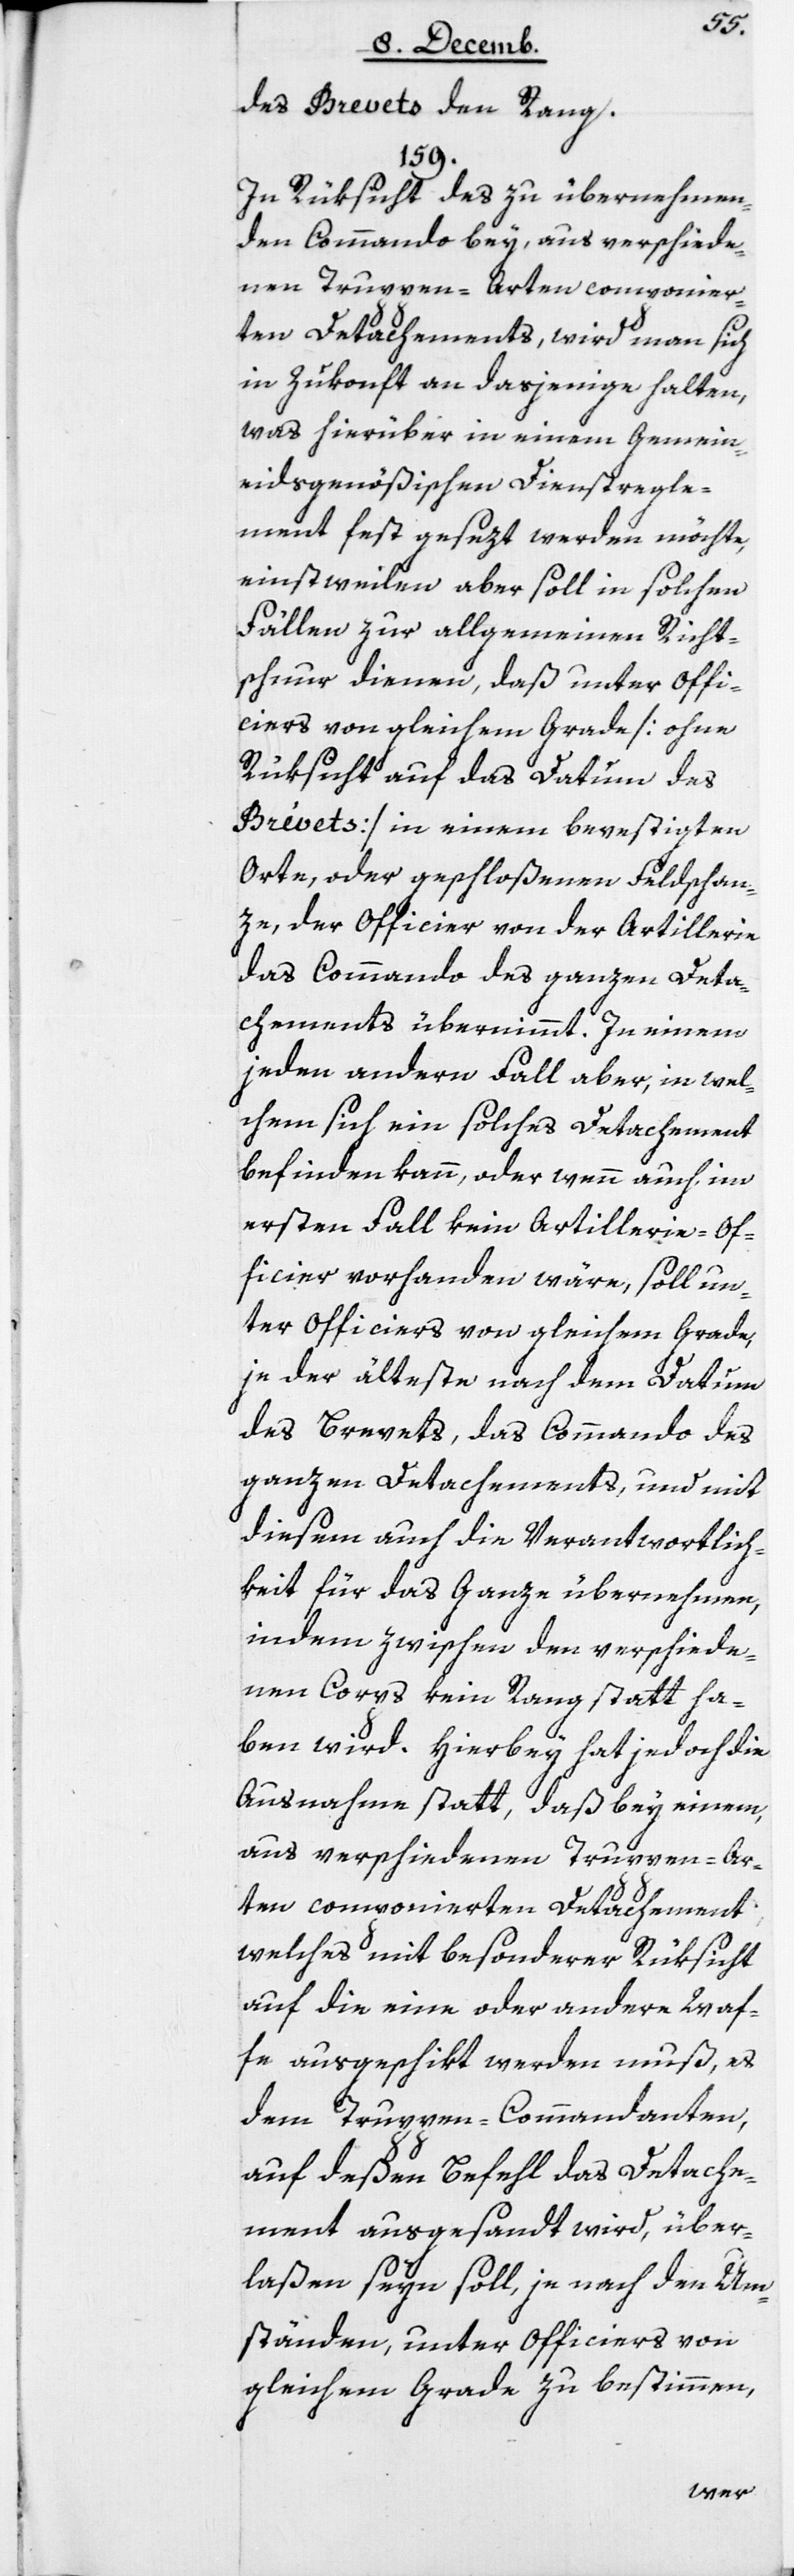
des Brevets den Rang.
159.
In Rüksicht des zu übernehmen¬
den Commando bey, aus verschiede¬
nen Truppen-Arten componier¬
ten Detachements, wird man sich
in Zukonft an dasjenige halten,
was hierüber in einem Gemein¬
eidsgenößischen Dienstregle¬
ment festgesezt werden möchte,
einstweilen aber soll in solchen
Fällen zur allgemeinden Richt¬
schnur dienen, daß unter Offi¬
ciers von gleichem Grade [ohne
Rüksicht auf das Datum des
Brévets] in einem befestigten
Orte oder geschloßenen Feldschan¬
ze, der Officier von der Artillerie
das Commando des ganzen Deta¬
chements übernimmt. In einem
jeden andern Fall aber, in wel¬
chem sich ein solches Detachement
befinden kann, oder wenn auch im
ersten Fall kein Artillerie-Of¬
ficier vorhanden wäre, soll un¬
ter Officiers von gleichem Grade,
je der Älteste nach dem Datum
des Brevets, das Commando des
ganzen Detachements, und mit
diesem auch die Verantwortlich¬
keit für das Ganze übernehmen,
indem zwischen den verschiede¬
nen Corps kein Rang stattha¬
ben wird. Hierbey hat jedoch die
Ausnahme statt, daß bey einem,
aus verschiedenen Truppen-Ar¬
ten componierten Detachement,
welches mit besonderer Rüksicht
auf die eine oder andere Waf¬
fe ausgeschikt werden muß, es
dem Truppen-Commandanten,
auf deßen Befehl das Detache¬
ment ausgesandt wird, über¬
laßen seyn soll, je nach den Um¬
ständen, unter Officiers von
gleichem Grade zu bestimmen,